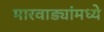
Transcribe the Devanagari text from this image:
मारवाड्यांमध्ये